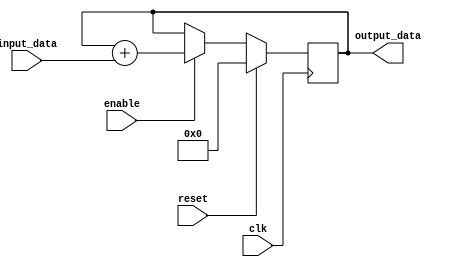
module accumulator (
    input wire clk,
    input wire reset,
    input wire enable,
    input wire [DATA_WIDTH-1:0] input_data,
    output wire [DATA_WIDTH-1:0] output_data    
);

parameter DATA_WIDTH = 16; // Number of bits for accumulator data
parameter INTEGER_BITS = 8; // Number of integer bits for fixed-point representation
parameter FRACTIONAL_BITS = 8; // Number of fractional bits for fixed-point representation
parameter MAX_VALUE = (2**(DATA_WIDTH-1))-1; // Maximum representable value

reg signed [DATA_WIDTH-1:0] accumulator;
wire signed [DATA_WIDTH-1:0] addition_result;

always @(posedge clk) begin
    if (reset) begin
        accumulator <= 0;
    end else begin
        if (enable) begin
            accumulator <= addition_result;
        end
    end
end

assign addition_result = accumulator + input_data;

assign output_data = accumulator;

assign overflow = (accumulator + input_data) > MAX_VALUE || (accumulator + input_data) < -MAX_VALUE;

endmodule